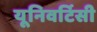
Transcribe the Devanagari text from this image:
यूनिवर्टिसी